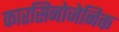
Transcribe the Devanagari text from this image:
कारसिनोजेनिक